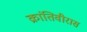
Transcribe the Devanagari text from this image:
क्रांतिवीरास